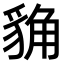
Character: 𧳊